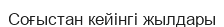
Соғыстан кейінгі жылдары